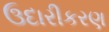
ઉદારીકરણ